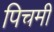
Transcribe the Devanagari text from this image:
पिचमी